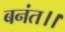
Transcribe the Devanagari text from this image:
बनंत।।